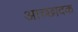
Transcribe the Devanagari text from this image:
आच्छादक